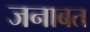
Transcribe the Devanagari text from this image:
जनाबत